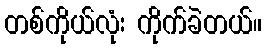
တစ်ကိုယ်လုံး ကိုက်ခဲတယ်။